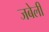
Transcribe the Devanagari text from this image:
जबेली